Report on vaccination in Madras 1904-1921 - 1904-1921
Year: 1904
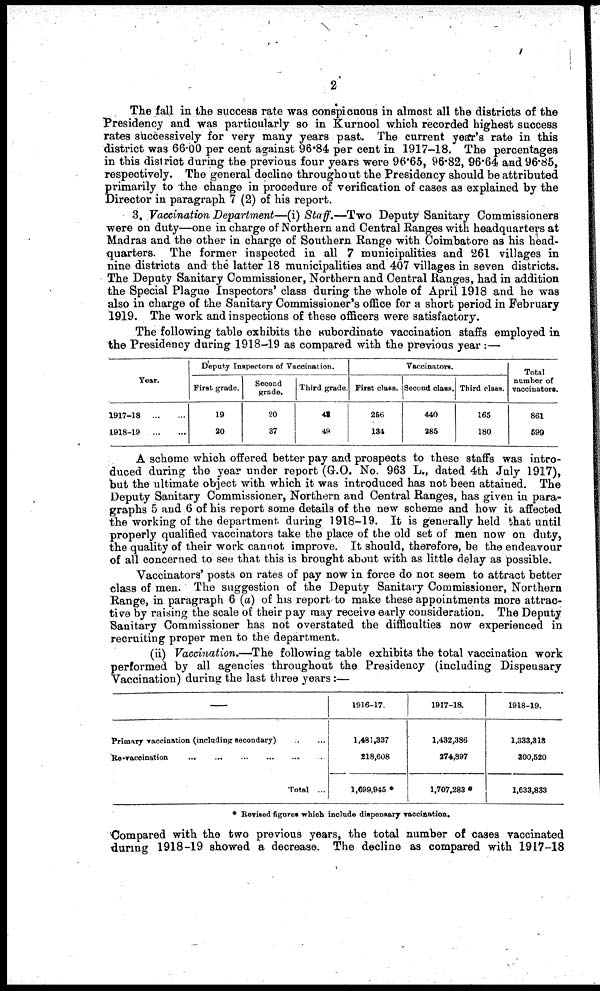
2
The fall in the success rate was conspicuous in almost all the districts of the
Presidency and was particularly so in Kurnool which recorded highest success
rates successively for very many years past. The current year's rate in this
district was 66.00 per cent against 96.84 per cent in 1917-18. The percentages
in this district during the previous four years were 96.65, 96.82, 96.64 and 96.85,
respectively. The general decline throughout the Presidency should be attributed
primarily to the change in procedure of verification of cases as explained by the
Director in paragraph 7 (2) of his report.
3. Vaccination Department—(i) Staff.—Two Deputy Sanitary Commissioners
were on duty—one in charge of Northern and Central Ranges with headquarters at
Madras and the other in charge of Southern Range with Coimbatore as his head-
quarters. The former inspected in all 7 municipalities and 261 villages in
nine districts and the latter 18 municipalities and 407 villages in seven districts.
The Deputy Sanitary Commissioner, Northern and Central Ranges, had in addition
the Special Plague Inspectors' class during the whole of April 1918 and he was
also in charge of the Sanitary Commissioner's office for a short period in February
1919. The work and inspections of these officers were satisfactory.
The following table exhibits the subordinate vaccination staffs employed in
the Presidency during 1918-19 as compared with the previous year:—
Year.
1917-18
...
...
1918-19
...
...
Deputy Inspectors of Vaccination.
First grade.
19
20
Second
grade.
20
37
Third grade.
48
49
Vaccinators.
First class.
256
184
Second class.
440
285
Third class.
165
180
Total
number of
vaccinators.
861
599
A scheme which offered better pay and prospects to these staffs was intro-
duced during the year under report (G.O. No. 963 L., dated 4th July 1917),
but the ultimate object with which it was introduced has not been attained. The
Deputy Sanitary Commissioner, Northern and Central Ranges, has given in para-
graphs 5 and 6 of his report some details of the new scheme and how it affected
the working of the department during 1918-19. It is generally held that until
properly qualified vaccinators take the place of the old set of men now on duty,
the quality of their work cannot improve. It should, therefore, be the endeavour
of all concerned to see that this is brought about with as little delay as possible.
Vaccinators' posts on rates of pay now in force do not seem to attract better
class of men. The suggestion of the Deputy Sanitary Commissioner, Northern
Range, in paragraph 6 (a) of his report to make these appointments more attrac-
tive by raising the scale of their pay may receive early consideration. The Deputy
Sanitary Commissioner has not overstated the difficulties now experienced in
recruiting proper men to the department.
(ii) Vaccination.—The following table exhibits the total vaccination work
performed by all agencies throughout the Presidency (including Dispensary
Vaccination) during the last three years:—
—
Primary vaccination (including secondary) ... ...
Re-vaccination
...
...
...
...
...
...
Total ...
1916-17.
1,481,337
218,608
1,699,945 *
1917-18.
1,432,386
274,897
1,707,283 *
1918-19.
1,333,313
300,520
1,633,833
* Revised figures which include dispensary vaccination.
Compared with the two previous years, the total number of cases vaccinated
during 1918-19 showed a decrease. The decline as compared with 1917-18